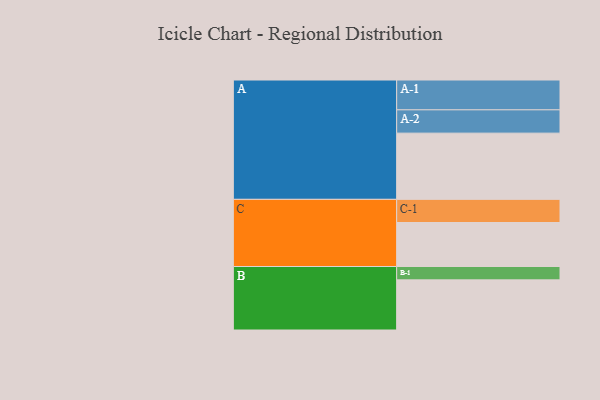
{"axis": {"x": "Segment", "y": "Value"}, "legend": ["", "A", "B", "C"], "data": [{"x": "A", "y": 486, "type": ""}, {"x": "B", "y": 368, "type": ""}, {"x": "C", "y": 323, "type": ""}, {"x": "A-1", "y": 219, "type": "A"}, {"x": "A-2", "y": 171, "type": "A"}, {"x": "B-1", "y": 98, "type": "B"}, {"x": "C-1", "y": 170, "type": "C"}]}